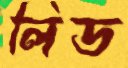
লিড